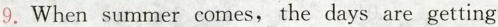
9.When summer comes, the days are getting